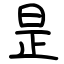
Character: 昰